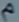
^{\lambda}